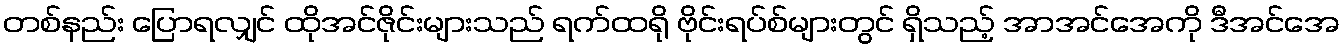
တစ်နည်း ပြောရလျှင် ထိုအင်ဇိုင်းများသည် ရက်ထရို ဗိုင်းရပ်စ်များတွင် ရှိသည့် အာအင်အေကို ဒီအင်အေ